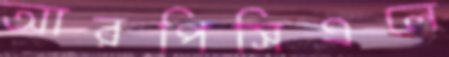
আরপিসিএলে